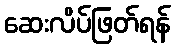
ဆေးလိပ်ဖြတ်ရန်